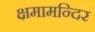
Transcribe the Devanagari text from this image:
क्षमामन्दिर